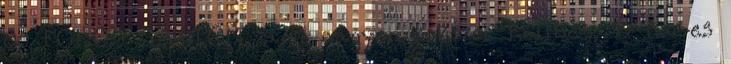
60 FOKOS SABLON, ami nagyon sokszor kellhet. 17 cm-es